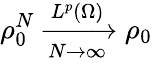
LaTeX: \rho_{0}^{N}\xrightarrow[N\rightarrow\infty]{L^{p}(\Omega)}\rho_{0}